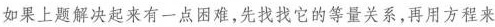
如果上题解决起来有一点困难，先找找它的等量关系，再用方程来